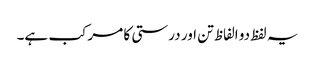
یہ لفظ دو الفاظ تن اور درستی کا مرکب ہے۔